Annual report of the Punjab Veterinary College and of the Civil Veterinary Department, Punjab - 1894-1908
Year: 1894
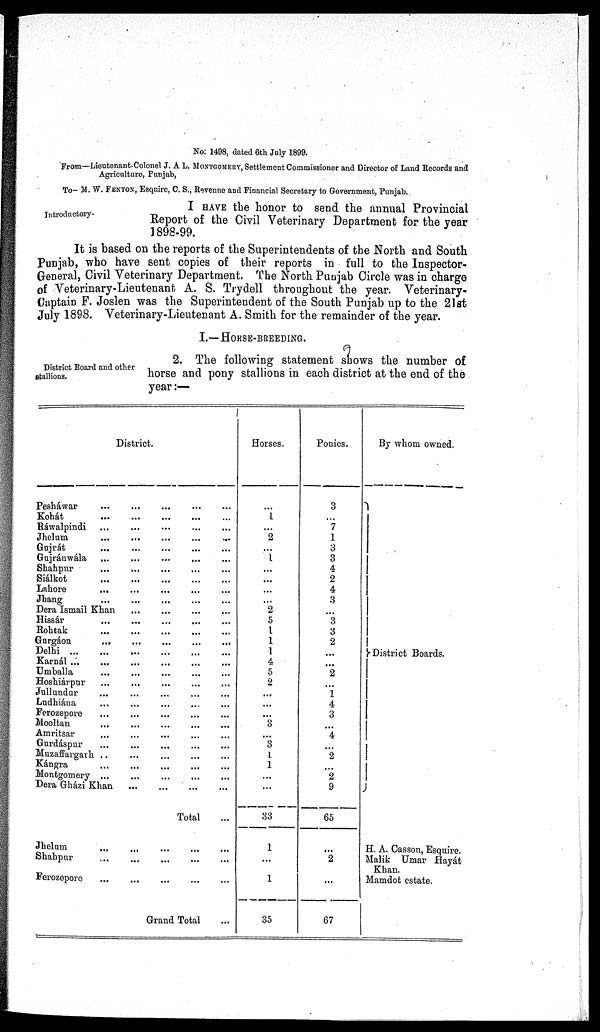
No: 1498, dated 6th July 1899.
From—Lioutenant-Colonel J. A L. MONTGOMERY, Settlement Commissioner and Director of Land Records and
Agriculturo, Punjab,
To— M. W. FENTON, Esquire, C. S., Revenue and Financial Secretary to Government, Punjab.
Introductory—
I HAVE the honor to send the annual Provincial
Report of the Civil Veterinary Department for the year
1898-99.
It is based on the reports of the Superintendents of the North and South
Punjab, who have sent copies of their reports in full to the Inspector¬
General, Civil Veterinary Department. The North Punjab Circle was in charge
of Veterinary-Lieutenant A. S. Trydell throughout the year. Veterinary¬
Captain F. Joslen was the Superintendent of the South Punjab up to the 21st
July 1898. Veterinary-Lieutenant A. Smith for the remainder of the year.
I.— HORSE-BREEDING.
District Board and other
stallions.
2. The following statement shows the number of
horse and pony stallions in each district at the end of the
year:—
District.
Pesháwar
...
...
...
...
Kohát
...
...
...
...
...
Ráwalpindi ... ... ... ... ...
Jhelum ... ... ... ... ...
Gujrát ... ... ... ... ...
Gujránwála ... ... ... ... ...
Shahpur ... ... ... ... ...
Siálkot
...
...
...
...
...
Lahore ... ... ... ... ...
Jhang ... ... ... ... ...
Dera Ismail Khan ... ... ... ... ...
Hissár ... ... ... ... ...
Rohtak
...
...
...
...
...
Gurgáon
... ... ... ... ...
Delhi
...
...
...
...
...
...
..
Karnál ... ... ... ... ... ...
Umballa
...
...
...
...
...
...
Hoshiárpur ... ... ... ... ...
Jullundur ... ... ... ... ...
Ludhiána ... ... ... ... ...
Ferozepore
...
...
...
...
...
Mooltan
...
...
...
...
...
Amritsar ... ... ... ... ...
Gurdáspur ... ... ... ... ...
Muzaffargarh ... ... ... ... ...
Kángra ... ... ... ... ...
Montgomery ...
Dera Gházi Khan
...
...
...
...
Total ...
Jhelum
...
...
...
...
...
Shahpur ... ... ... ... ...
Ferozepore ... ... ... ... ...
Grand Total
Horses.
...
1
...
2
...
1 ...
...
...
...
2
5
1
1
1
4
5
2
...
...
...
3
...
3
1
1
...
...
33
1
...
1
35
Ponies.
3
...
7
1
3
3
4
2
4
3
...
3
3
2
...
...
2
...
1
4
3
...
4
...
2
...
2
9
65
...
2
...
67
By whom owned.
District Boards.
H. A. Casson, Esquire.
Malik Umar Hayát
Khan.
Mamdot estate.